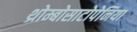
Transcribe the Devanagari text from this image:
थ्रोम्बोसाटोपेनिया